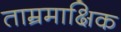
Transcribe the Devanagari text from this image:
ताम्रमाक्षिक